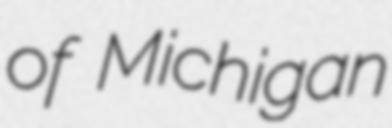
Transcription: of Michigan